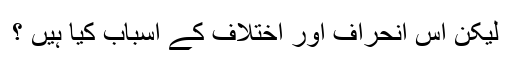
لیکن اس انحراف اور اختلاف کے اسباب کیا ہیں ؟